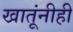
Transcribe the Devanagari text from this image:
खातूंनीही